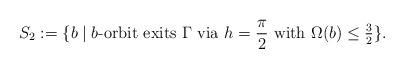
LaTeX: \begin{align*}S_2:=\{b\mid \textrm{$b$-orbit exits } \Gamma \textrm{ via } h=\frac{\pi}{2}\textrm{ with } \Omega(b)\leq \tfrac{3}{2}\}.\end{align*}